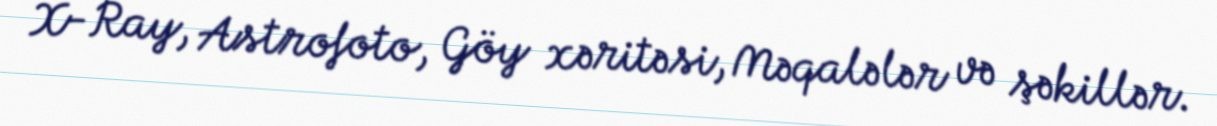
X-Ray, Astrofoto, Göy xəritəsi, Məqalələr və şəkillər.